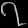
Digit: ၇